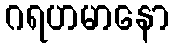
ဂရဟမာနော